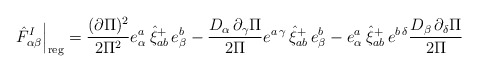
\begin{align*}\left. \hat{F}_{\alpha \beta }^I\right| _{{\rm reg}}=\frac{(\partial \Pi )^2}{2\Pi ^2}e_\alpha ^{a\,}\,\hat{\xi}_{ab}^{+}\,e_\beta ^{b\,}-\frac{D_\alpha\,\partial _\gamma \Pi }{2\Pi }e^{a\,\gamma }\,\hat{\xi}_{ab}^{+}\,e_\beta^b-e_\alpha ^{a\,}\,\hat{\xi}_{ab}^{+}\,e^{b\,\delta }\frac{D_\beta\,\partial _\delta \Pi }{2\Pi }\end{align*}